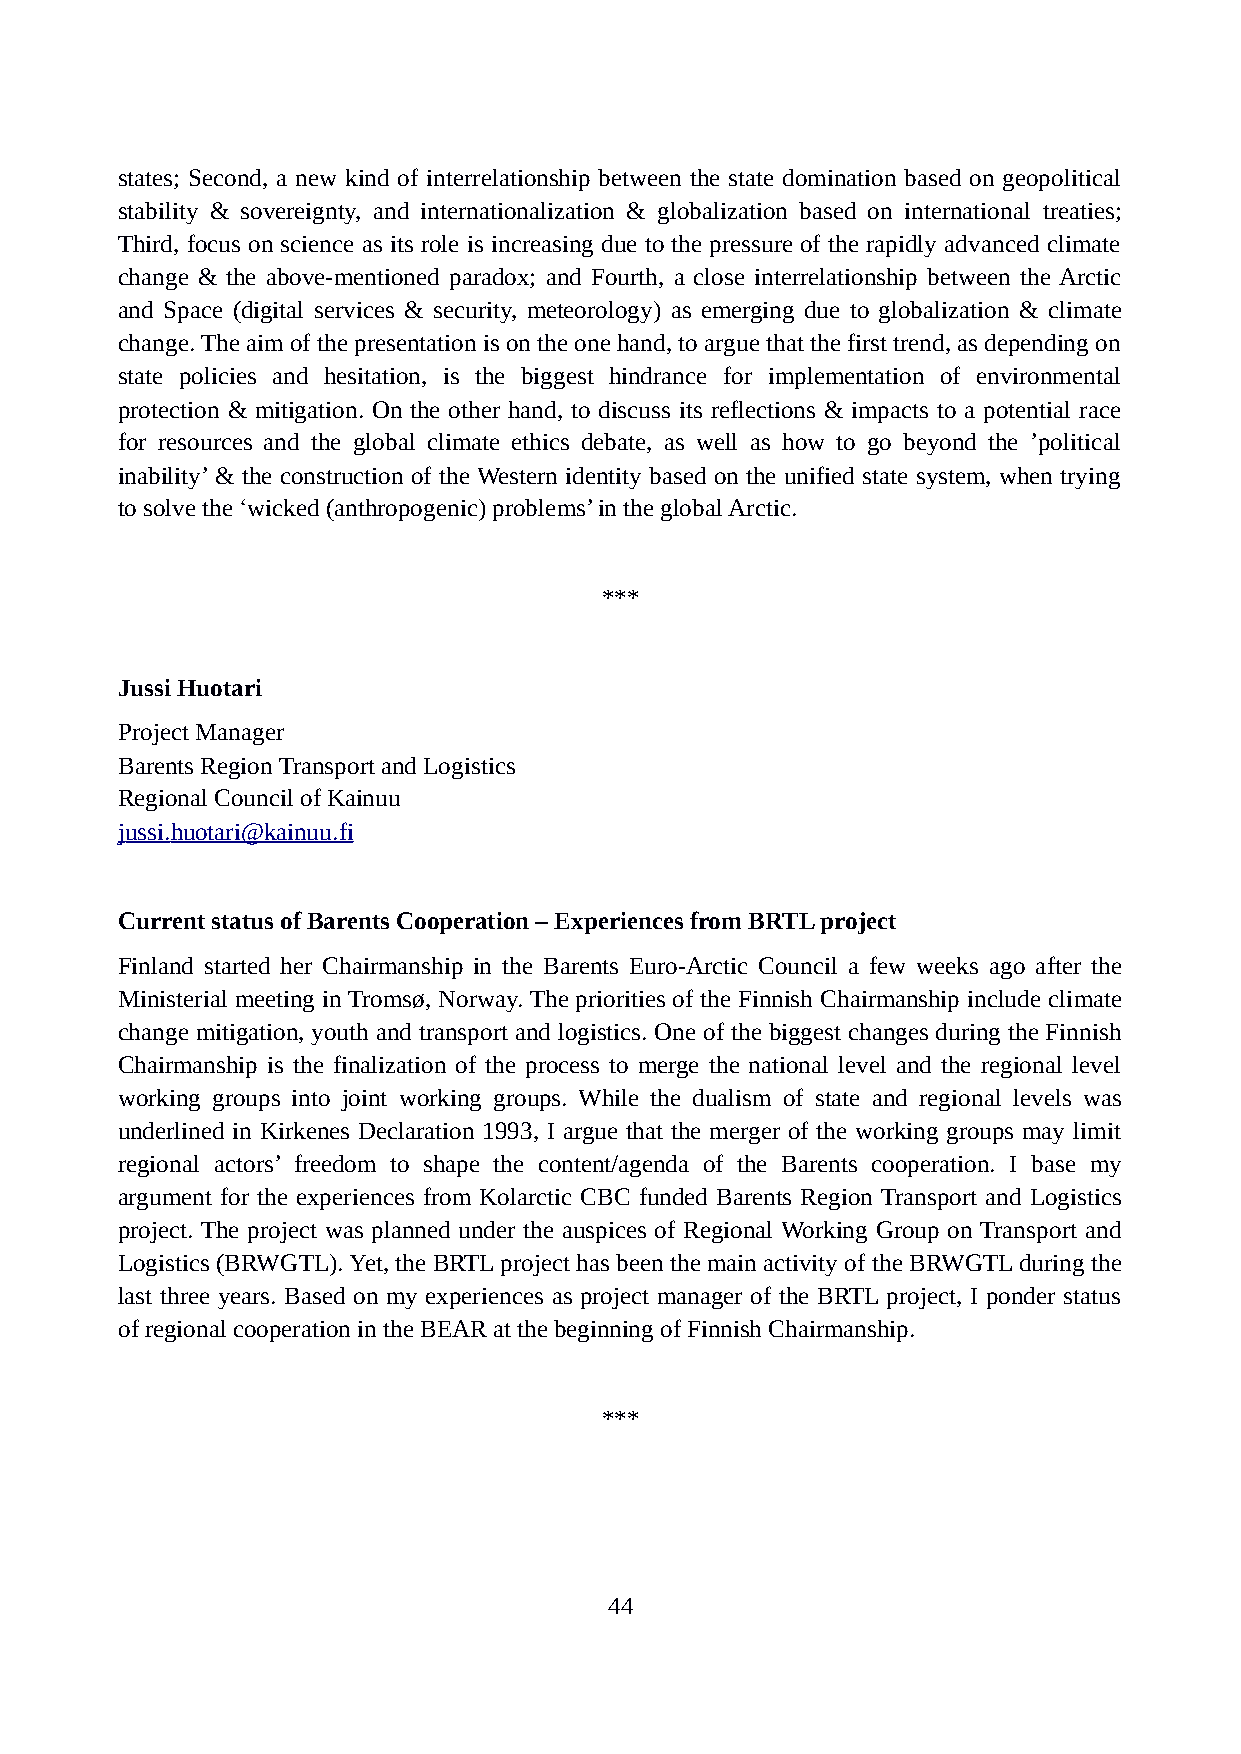
states; Second, a new kind of interrelationship between the state domination based on geopolitical
 stability & sovereignty, and internationalization & globalization based on international treaties;
 Third, focus on science as its role is increasing due to the pressure of the rapidly advanced climate
 change & the above-mentioned paradox; and Fourth, a close interrelationship between the Arctic
 and Space (digital services & security, meteorology) as emerging due to globalization & climate
 change. The aim of the presentation is on the one hand, to argue that the first trend, as depending on
 state policies and hesitation, is the biggest hindrance for implementation of environmental
 protection & mitigation. On the other hand, to discuss its reflections & impacts to a potential race
 for resources and the global climate ethics debate, as well as how to go beyond the ’political
 inability’ & the construction of the Western identity based on the unified state system, when trying
 to solve the ‘wicked (anthropogenic) problems’ in the global Arctic.
 ***
 Jussi Huotari
 Project Manager
 Barents Region Transport and Logistics
 Regional Council of Kainuu
 j ussi . h uotari@kainuu.fi
 Current status of Barents Cooperation – Experiences from BRTL project
 Finland started her Chairmanship in the Barents Euro-Arctic Council a few weeks ago after the
 Ministerial meeting in Tromsø, Norway. The priorities of the Finnish Chairmanship include climate
 change mitigation, youth and transport and logistics. One of the biggest changes during the Finnish
 Chairmanship is the finalization of the process to merge the national level and the regional level
 working groups into joint working groups. While the dualism of state and regional levels was
 underlined in Kirkenes Declaration 1993, I argue that the merger of the working groups may limit
 regional actors’ freedom to shape the content/agenda of the Barents cooperation. I base my
 argument for the experiences from Kolarctic CBC funded Barents Region Transport and Logistics
 project. The project was planned under the auspices of Regional Working Group on Transport and
 Logistics (BRWGTL). Yet, the BRTL project has been the main activity of the BRWGTL during the
 last three years. Based on my experiences as project manager of the BRTL project, I ponder status
 of regional cooperation in the BEAR at the beginning of Finnish Chairmanship.
 ***
 44